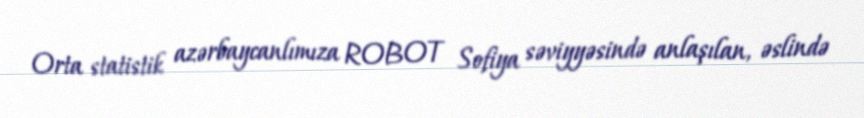
Orta statistik azərbaycanlımıza ROBOT Sofiya səviyyəsində anlaşılan, əslində